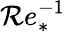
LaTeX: \mathcal{R}e_{*}^{-1}